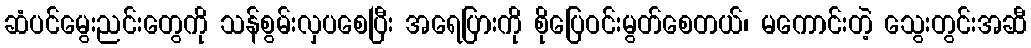
ဆံပင်မွေးညင်းတွေကို သန်စွမ်းလှပစေပြီး အရေပြားကို စိုပြေဝင်းမွတ်စေတယ်၊ မကောင်းတဲ့ သွေးတွင်းအဆီ